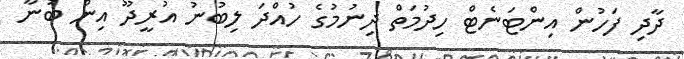
ދާދި ފަހުން އިންޓަނެޓް ހިދުމަތް ދިނުމުގެ ހުއްދަ ލިބުނު އުރީދޫ އިން ބުނާ